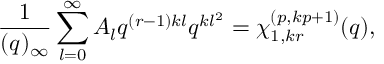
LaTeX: \frac { 1 } { ( q ) _ { \infty } } \sum _ { l = 0 } ^ { \infty } A _ { l } q ^ { ( r - 1 ) k l } q ^ { k l ^ { 2 } } = \chi _ { 1 , k r } ^ { ( p , k p + 1 ) } ( q ) ,